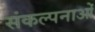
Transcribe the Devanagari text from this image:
संकल्‍पनाओं